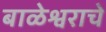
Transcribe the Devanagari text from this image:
बाळेश्वराचे